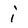
Character: i